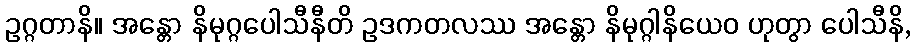
ဥဂ္ဂတာနိ။ အန္တော နိမုဂ္ဂပေါသီနီတိ ဥဒကတလဿ အန္တော နိမုဂ္ဂါနိယေဝ ဟုတွာ ပေါသီနိ,